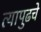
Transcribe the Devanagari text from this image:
त्यापुढचे